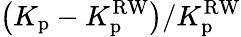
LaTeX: \left(K_{\mathrm{p}}-K_{\mathrm{p}}^{\mathrm{RW}}\right)/K_{\mathrm{p}}^{\mathrm{RW}}